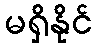
မရှိနိုင်